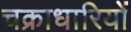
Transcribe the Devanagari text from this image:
चक्राधारियों